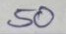
50